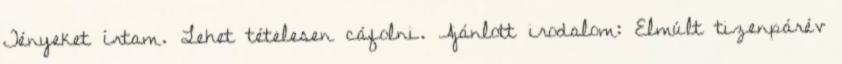
Tényeket írtam. Lehet tételesen cáfolni. Ajánlott irodalom: Elmúlt tizenpárév